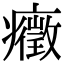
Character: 癥